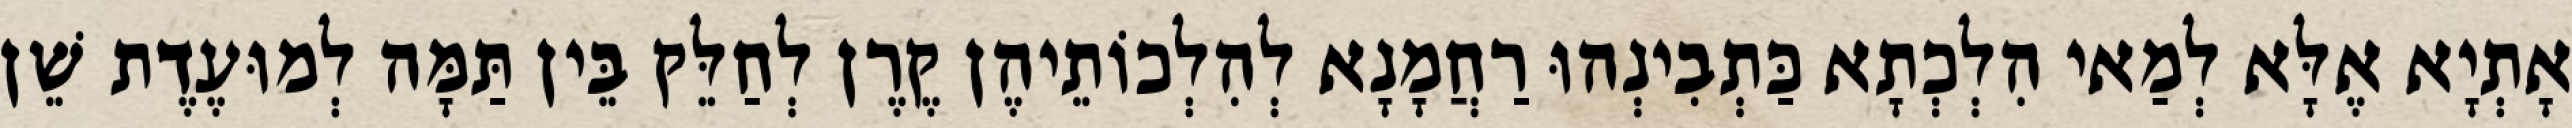
אָתְיָא אֶלָּא לְמַאי הִלְכְתָא כַּתְבִינְהוּ רַחֲמָנָא לְהִלְכוֹתֵיהֶן קֶרֶן לְחַלֵּק בֵּין תַּמָּה לְמוּעֶדֶת שֵׁן